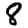
Digit: 8